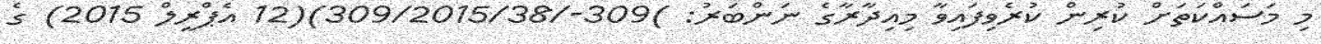
މި މަސައްކަތަށް ކުރިން ކުރެވިފައިވާ މިއިދާރާގެ ނަންބަރު: )309-/309/2015/38)(12 އެޕްރީލް 2015) ގެ